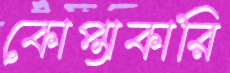
কোপ্তাকারি